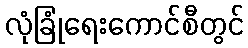
လုံခြုံရေးကောင်စီတွင်